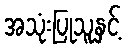
အသုံးပြုသူနှင့်